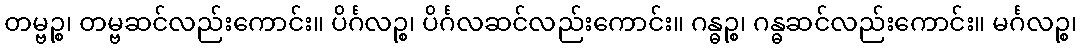
တမ္ဗဉ္စ၊ တမ္ဗဆင်လည်းကောင်း။ ပိင်္ဂလဉ္စ၊ ပိင်္ဂလဆင်လည်းကောင်း။ ဂန္ဓဉ္စ၊ ဂန္ဓဆင်လည်းကောင်း။ မင်္ဂလဉ္စ၊